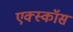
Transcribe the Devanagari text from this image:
एक्स्कॉस